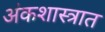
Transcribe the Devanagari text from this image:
अंकशास्त्रात